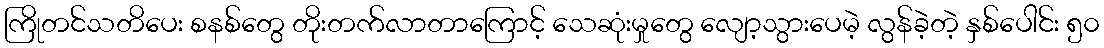
ကြိုတင်သတိပေး စနစ်တွေ တိုးတက်လာတာကြောင့် သေဆုံးမှုတွေ လျော့သွားပေမဲ့ လွန်ခဲ့တဲ့ နှစ်ပေါင်း ၅၀